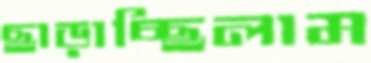
ছাড়াচ্ছিলাম